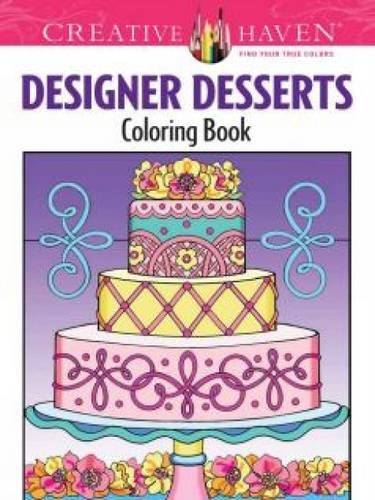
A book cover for Creative Haven Designer Desserts Coloring Book (Creative Haven Coloring Books); Eileen Rudisill Miller; Cookbooks, Food & Wine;